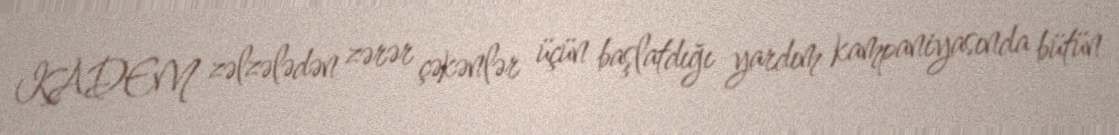
KADEM zəlzələdən zərər çəkənlər üçün başlatdığı yardım kampaniyasında bütün